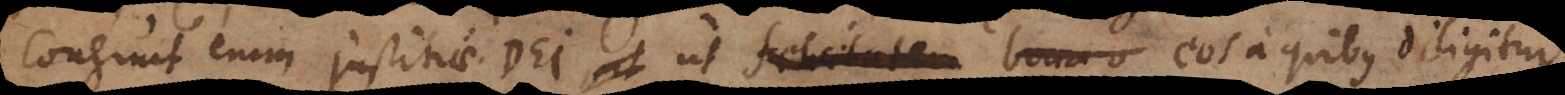
Congruit enim justitiae Dei, ut eos a quibus diligitur